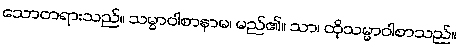
သောတရားသည်။ သမ္မာဝါစာနာမ၊ မည်၏။ သာ၊ ထိုသမ္မာဝါစာသည်။